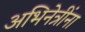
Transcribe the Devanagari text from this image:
अभिनेत्रींना